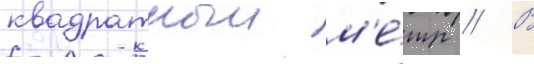
квадратныи м'е́тр // В